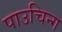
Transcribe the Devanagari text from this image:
पाउचिन्ग